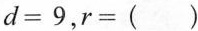
$$d= 9$$,$$r=( )$$